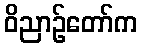
ဝိညာဉ်တော်က